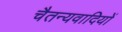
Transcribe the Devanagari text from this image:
चैतन्यवादियों